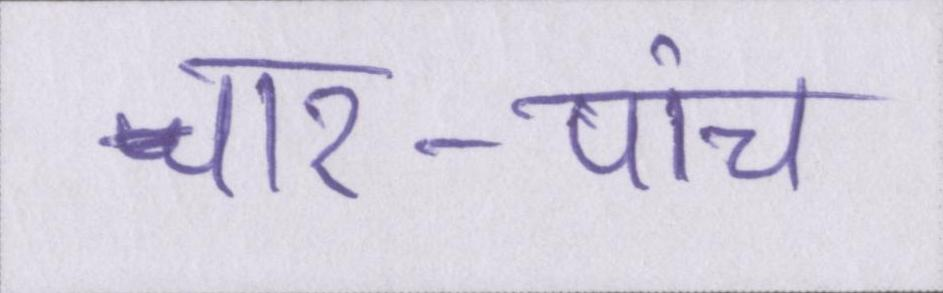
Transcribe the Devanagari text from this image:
चार-पांच